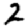
Digit: 2